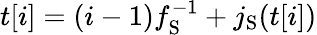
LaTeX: t[i]=(i-1)f_{\mathrm{S}}^{-1}+j_{\mathrm{S}}(t[i])